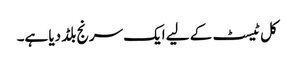
کل ٹیسٹ کے لیے ایک سرنج بلڈ دیا ہے۔